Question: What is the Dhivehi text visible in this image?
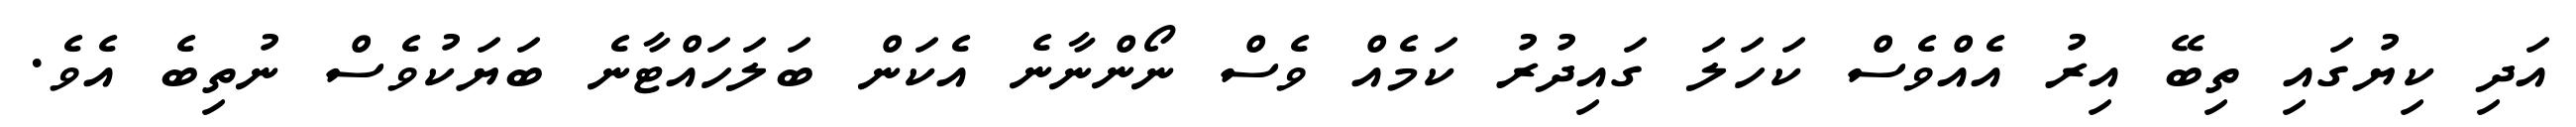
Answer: އަދި ކިޔުގައި ތިބޭ އިރު އެއްވެސް ކަހަލަ ގައިދުރު ކަމެއް ވެސް ނޯންނާނެ އެކަން ބަލަހައްޓާނެ ބަޔަކުވެސް ނުތިބެ އެވެ.